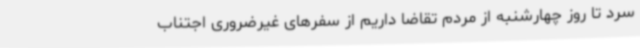
سرد تا روز چهارشنبه از مردم تقاضا داریم از سفرهای غیرضروری اجتناب